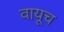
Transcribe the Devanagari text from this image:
वायूच